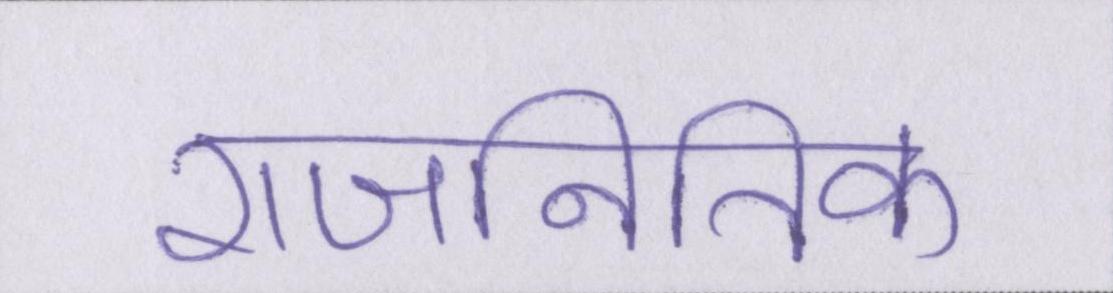
राजनितिक